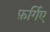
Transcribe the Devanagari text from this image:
फ़र्गिए